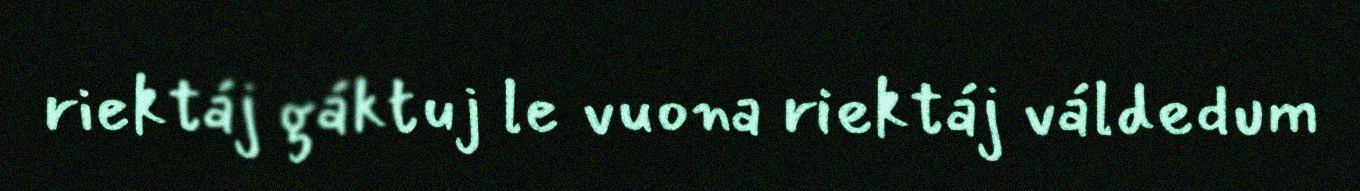
riektáj gáktuj le vuona riektáj váldedum